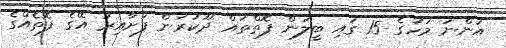
އަންނަ މަހުގެ 15 ގައި ބީލަން ފޮތްތައް ދޫކުރަން ފަށާއިރު އޭގެ ފޮތެއްގެ